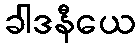
ခါဒနီယေ